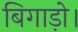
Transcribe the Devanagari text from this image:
बिगाड़ो।